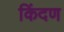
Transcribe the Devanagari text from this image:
किंदण